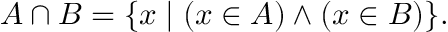
A \cap B = \{ x \mid ( x \in A ) \land ( x \in B ) \} .